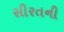
સીરતની